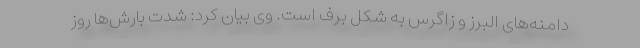
دامنه‌های البرز و زاگرس به شکل برف است. وی بیان کرد: شدت بارش‌ها روز